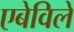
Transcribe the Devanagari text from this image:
एबेविले